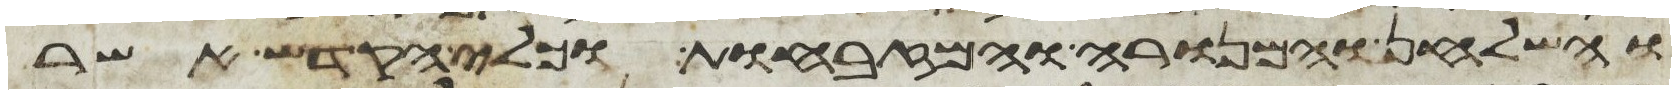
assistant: והשלחן והמנורה והמזבחות וכלי הקדש אשר